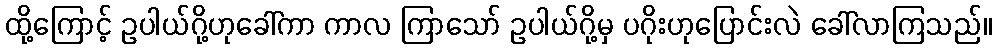
ထို့ကြောင့် ဥပါယ်ဂို့ဟုခေါ်ကာ ကာလ ကြာသော် ဥပါယ်ဂို့မှ ပဂိုးဟုပြောင်းလဲ ခေါ်လာကြသည်။